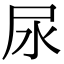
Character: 尿